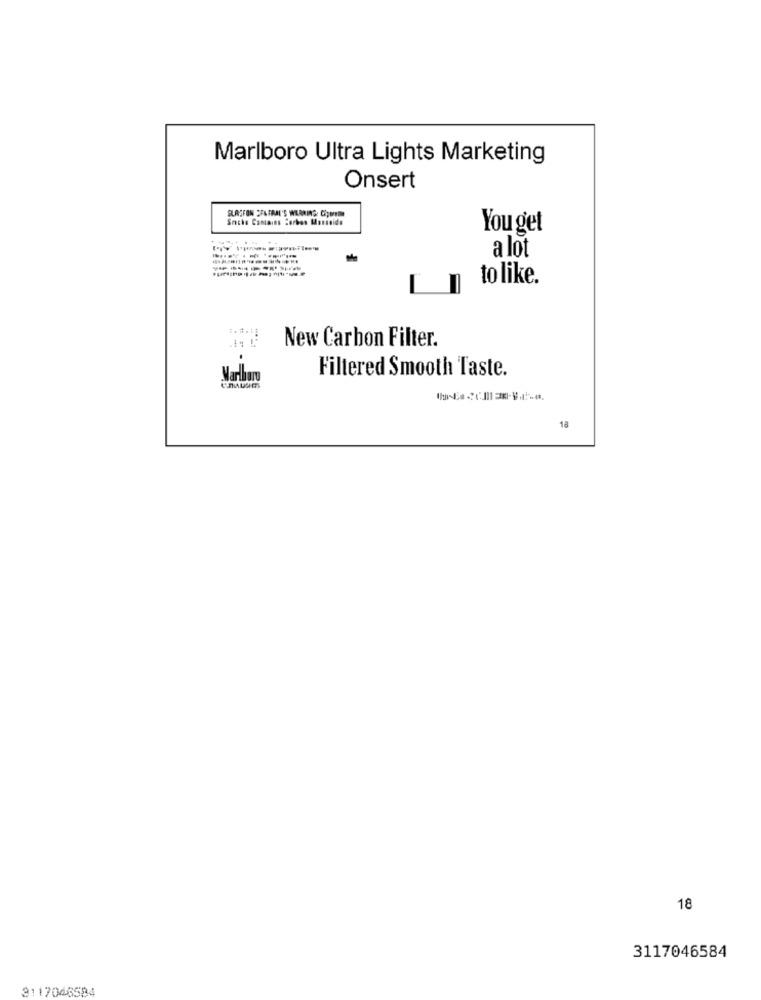
Marlboro Ultra Lights Marketing
Onsert
Suche Contains Sorbos Mansside
You get
a lot
-----------
to like.
New Carbon Filter.
Filtered Smooth Taste.
Marbury
18
18
3117046584
3117046594